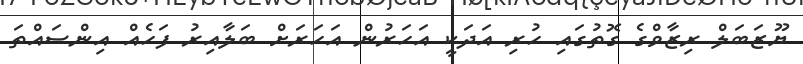
ޔޫޒަބަލް ރިޒާވްގެ ގޮތުގައި ހުރި އަދަކީ އަހަރުން އަހަރަށް ބަލާއިރު ފަހެއް އިންސައްތަ